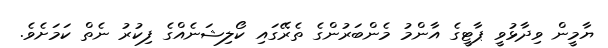
ޔާމީން ވިދާޅުވީ ޕާޓީގެ އާންމު މެންބަރުންގެ ތެރޭގައި ކޯލިޝަނެއްގެ ފިކުރު ނެތް ކަމަށެވެ.